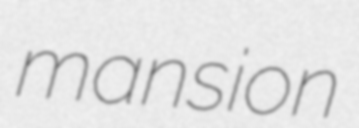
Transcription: mansion